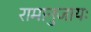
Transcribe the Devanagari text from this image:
रामानुजायः